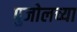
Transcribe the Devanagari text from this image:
पुजोलच्या